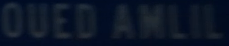
OUEDAMLIL